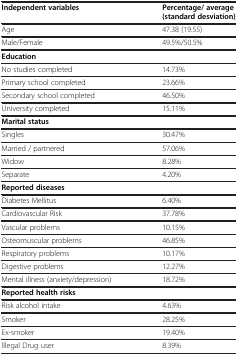
<table><thead><tr><td><b>Independent variables</b></td><td><b>Percentage/ average (standard desviation)</b></td></tr></thead><tbody><tr><td>Age</td><td>47.38 (19.55)</td></tr><tr><td>Male/Female</td><td>49.5%/50.5%</td></tr><tr><td><b>Education</b></td><td> </td></tr><tr><td>No studies completed</td><td>14.73%</td></tr><tr><td>Primary school completed</td><td>23.66%</td></tr><tr><td>Secondary school completed</td><td>46.50%</td></tr><tr><td>University completed</td><td>15.11%</td></tr><tr><td><b>Marital status</b></td><td> </td></tr><tr><td>Singles</td><td>30.47%</td></tr><tr><td>Married / partnered</td><td>57.06%</td></tr><tr><td>Widow</td><td>8.28%</td></tr><tr><td>Separate</td><td>4.20%</td></tr><tr><td><b>Reported diseases</b></td><td> </td></tr><tr><td>Diabetes Mellitus</td><td>6.40%</td></tr><tr><td>Cardiovascular Risk</td><td>37.78%</td></tr><tr><td>Vascular problems</td><td>10.15%</td></tr><tr><td>Osteomuscular problems</td><td>46.85%</td></tr><tr><td>Respiratory problems</td><td>10.17%</td></tr><tr><td>Digestive problems</td><td>12.27%</td></tr><tr><td>Mental illness (anxiety/depression)</td><td>18.72%</td></tr><tr><td><b>Reported health risks</b></td><td> </td></tr><tr><td>Risk alcohol intake</td><td>4.63%</td></tr><tr><td>Smoker</td><td>28.25%</td></tr><tr><td>Ex-smoker</td><td>19.40%</td></tr><tr><td>lllegal Drug user</td><td>8.39%</td></tr></tbody></table>